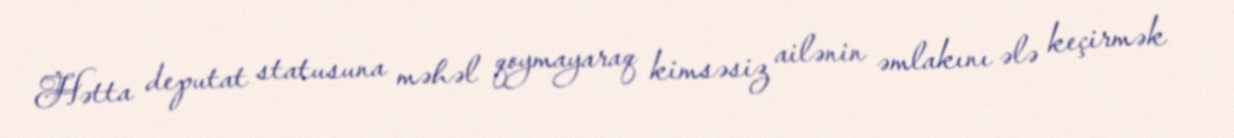
Hətta deputat statusuna məhəl qoymayaraq kimsəsiz ailənin əmlakını ələ keçirmək